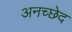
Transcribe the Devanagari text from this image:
अनच्छेद